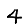
Digit: 4